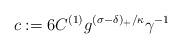
LaTeX: \begin{align*}c:=6C^{(1)}g^{(\sigma-\delta)_{+}/\kappa}\gamma^{-1} \end{align*}